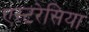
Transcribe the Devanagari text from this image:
एस्टरेसिया